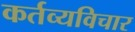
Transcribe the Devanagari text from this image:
कर्तव्यविचार